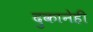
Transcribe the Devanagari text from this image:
दुकानेही